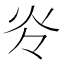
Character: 𰝹